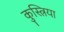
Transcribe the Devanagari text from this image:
कुस्त्रिया